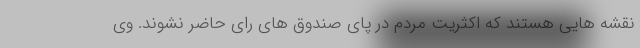
نقشه هایی هستند که اکثریت مردم در پای صندوق های رای حاضر نشوند. وی